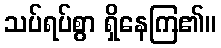
သပ်ရပ်စွာ ရှိနေကြ၏။